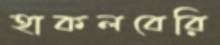
হাকলবেরি